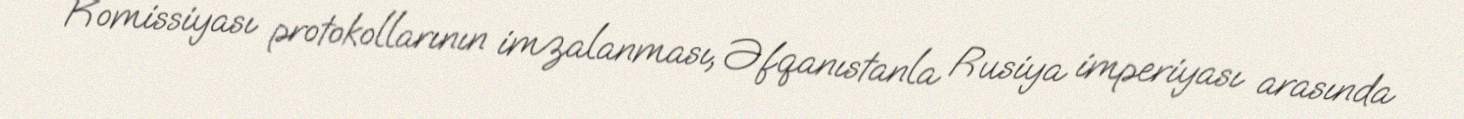
Komissiyası protokollarının imzalanması, Əfqanıstanla Rusiya imperiyası arasında